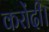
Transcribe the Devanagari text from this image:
करोंदी।